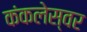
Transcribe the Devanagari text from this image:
कंकलेस्वर